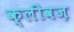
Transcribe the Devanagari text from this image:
क्लीवज़